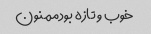
خوب و تازه بودممنون